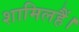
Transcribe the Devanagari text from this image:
शामिलहैं।